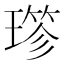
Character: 𤨤